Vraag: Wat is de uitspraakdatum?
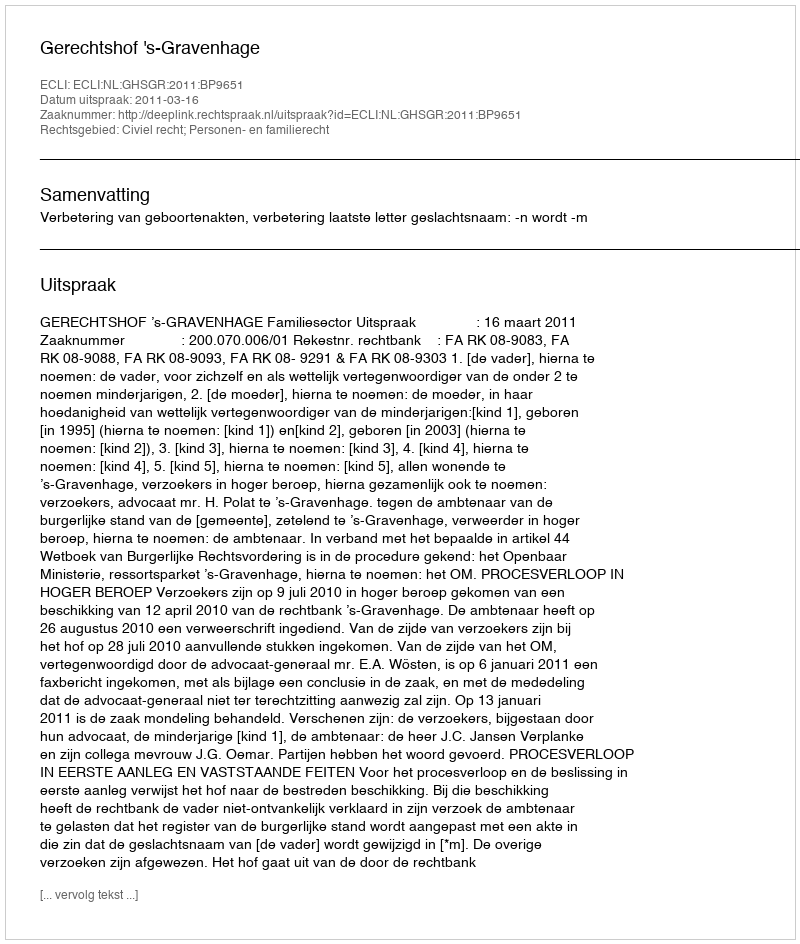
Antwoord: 2011-03-16